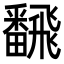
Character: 飜